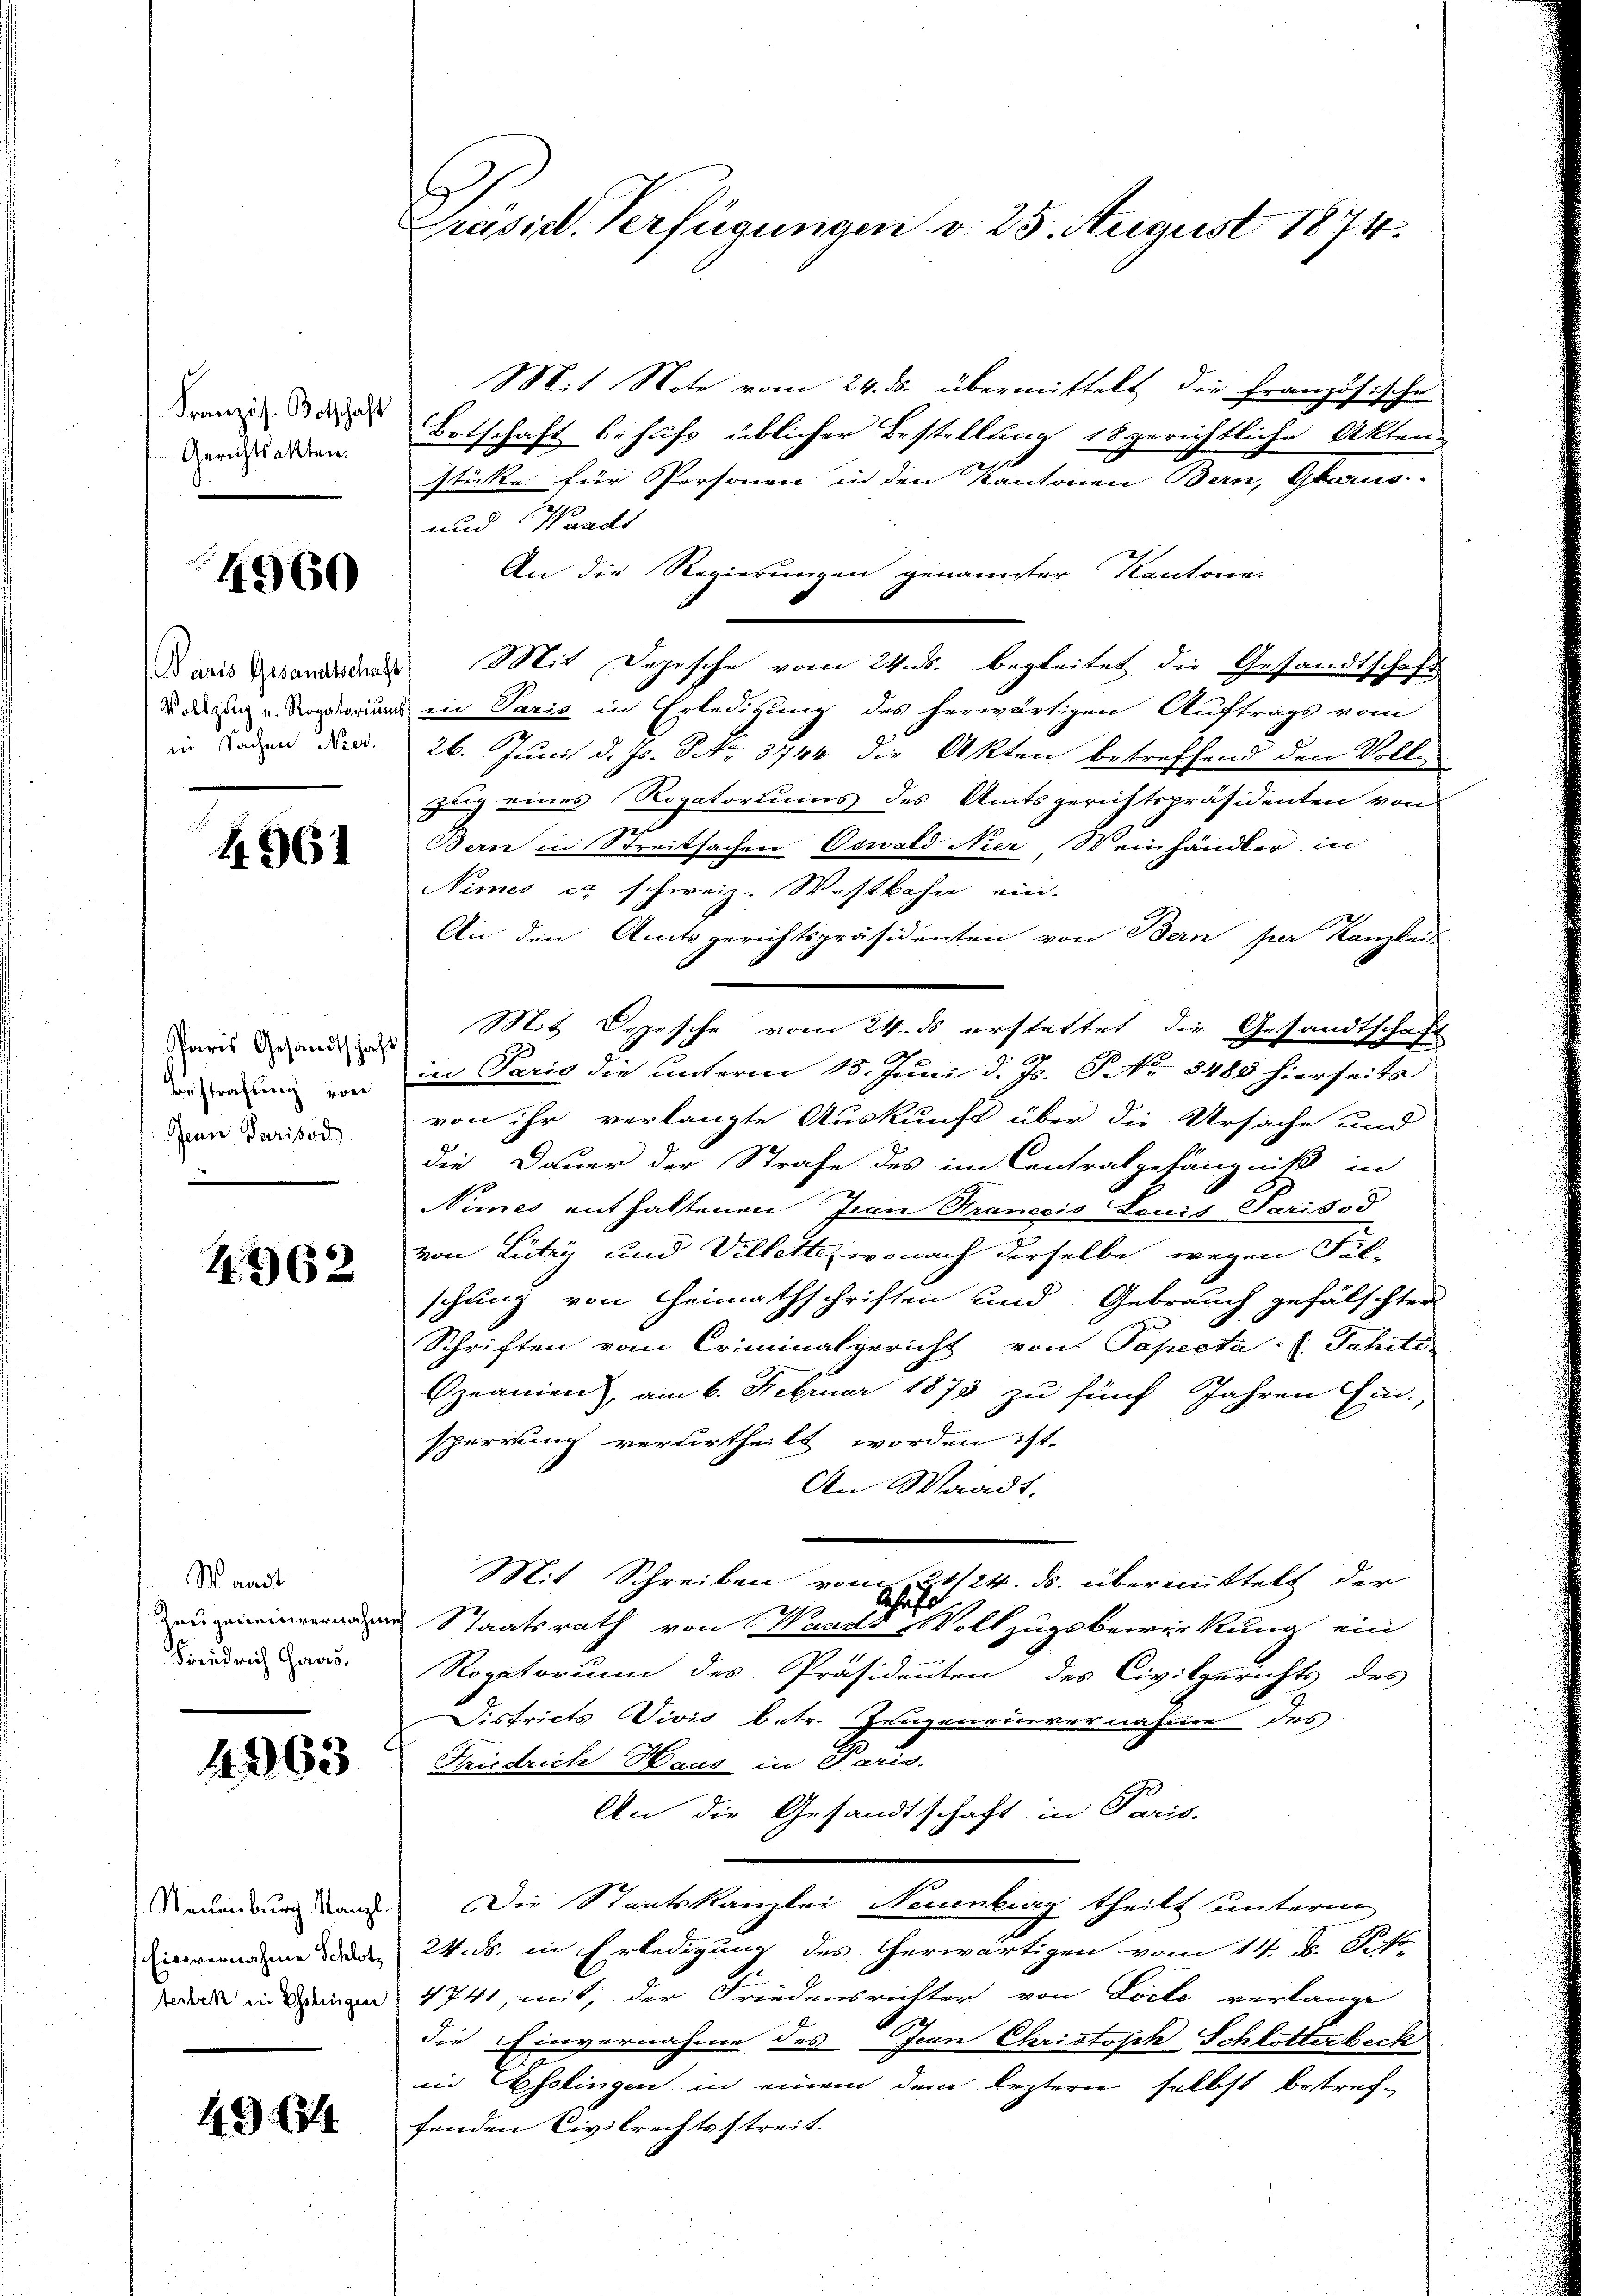
Französ. Botschaft
Gerichtsakten.
.

4960

Paris Gesandtschaft
Vollzug u. Rogatorium
in Sachen Neer.

4961

Paris Gesandtschaft
Bestrafung von
Jean Parisod

1362

Waadt
Rangeneinvernahm
Friedrich Haas,

4363

Neuenburg Manzl.
Einvernahme Schlotberben in Gelingen

432

l
Präsid. Verfügungen v. 25. August 1874.

Mit Note vom 24. ds. übermittelt die Französische
Botschaft behufs üblicher Bestellung 18 gerichtliche Akten
stücke für Personen in den Kantonen Bern, Glarus
und Waadt
An die Regierungen genannter Kantone.
Mit Depesche vom 24. ds. begleitet die Gesandtschaft
u in Paris in Erledigung des herwärtigen Auftrags vom
26. Juni d. Js. NNo. 3744 die Akten betreffend den Vollgung eines Rogatoriums des Amtsgerichtspräsidenten von
Berne in Streitsachen Oswald Nier, Weinhändler in
Nimes ex schweiz. Westbahn ein.
An den Amtsgerichtspräsidenten von Bern per Kanzleit
Mit Depesche vom 24. ds erstattet die Gesandtschaft
in Paris die unterm 15. Juni d. Js. P No 8485 hierseits
von ihr verlangte Auskunft über die Ursache und
die Dauer der Strafe des im Contratgefängniß in
Nimes enthaltenen Jean Prancois Louis Parisod
von Lutry und Villette, wonach derselbe wegen Fil-
schung von Heimathschriften und Gebrauch gefälschten
Schriften vom Criminalgericht von Papecta: (Jahité.
Ezeanien, am 6. Februar 1873 zu fünf Jahren Ein-
sperrung verurtheilt worden ist.
An Waadt.
Mit Schreiben vom 24. ds. übermittelt der
Staatsrath von Waadt, Vollzugsbewirkung ein
Rogatorium des Präsidenten des Civilgerichts des
Fistricts Vivis betr. Zungeneinvernahme des
Friedrich Haus in Paris.
An die Gesandtschaft in Paris.
Die Staatskanzlei Neuenburg theilt unterm
24. ds. in Erledigung des herwärtigen vom 14. d. Po
4741, mit, der Friedensrichter von Loite verlange
die Einvernahme des Jean Christoph Schlotterbeck
in Esslingen in einem dem leztern selbst bestrechfenden Civilrechtsstreit.